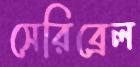
সেরিব্রেল